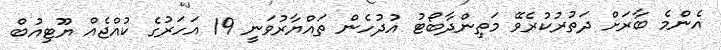
އެންމެ ބާރަށް ދަތުރުކުރެވޭ މަތިންދާބޯޓު އުދުހެން ތައްޔާރުވަނީ 19 އަހަރުގެ ކުއްޖެއް ޔޫޓިއުބް